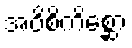
အဝိစိကိစ္ဆော